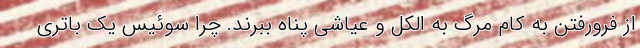
از فرورفتن به کام مرگ به الکل و عیاشی پناه ببرند. چرا سوئیس یک باتری